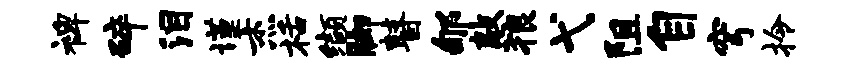
裨碎泪谨杰栝缬脚瞽郇敲狼弋阻自穹拎